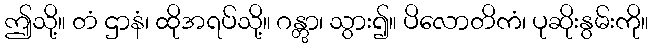
ဤသို့။ တံ ဌာနံ၊ ထိုအရပ်သို့။ ဂန္တွာ၊ သွား၍။ ပိလောတိကံ၊ ပုဆိုးနွမ်းကို။